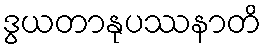
ဒွယတာနုပဿနာတိ